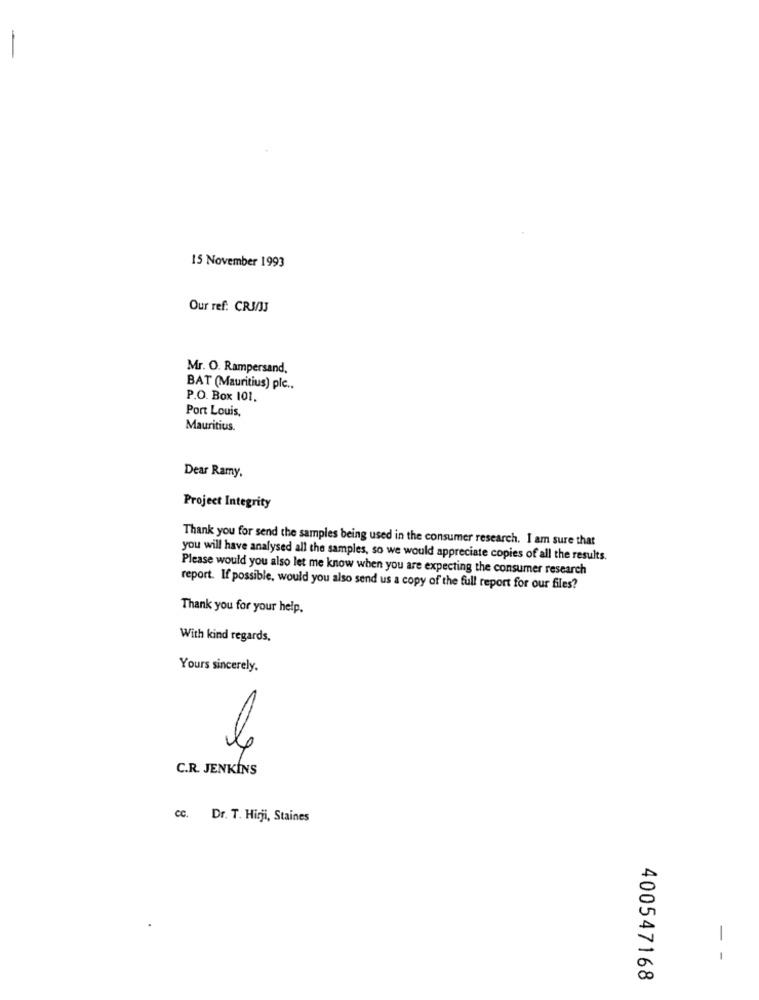
15 November 1993
Our ref: CRI/JJ
Mr. O. Rampersand,
BAT (Mauritius) plc ..
P.O. Box 101.
Port Louis,
Mauritius.
Dear Ramy.
Project Integrity
Thank you for send the samples being used in the consumer research. I am sure that
you will have analysed all the samples, so we would appreciate copies of all the results.
Please would you also let me know when you are expecting the consumer research
report. If possible, would you also send us a copy of the full report for our files?
Thank you for your help.
With kind regards.
Yours sincerely.
le
C.R. JENKINS
cc. Dr. T. Hirji, Staines
- -
400547168